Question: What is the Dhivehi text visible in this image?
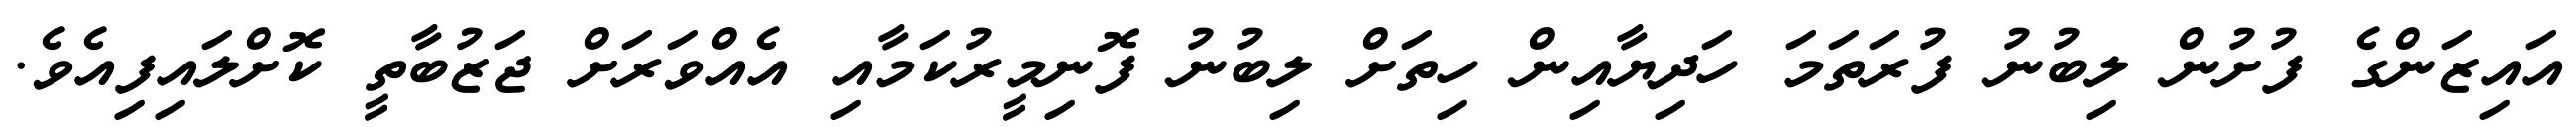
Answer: އައިޒަންގެ ފުށުން ލިބުނު ފުރަތަމަ ހަދިޔާއިން ހިތަށް ލިބުނު ފޮނިމީރުކަމާއި އެއްވަރަށް ޖަޒުބާތީ ކޮށްލައިފިއެވެ.